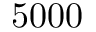
5 0 0 0